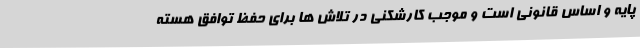
پایه و اساس قانونی است و موجب کارشکنی در تلاش ها برای حفظ توافق هسته